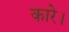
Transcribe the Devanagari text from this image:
कारे।